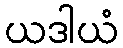
ယဒါယံ